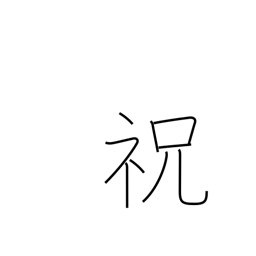
Meaning: celebrate